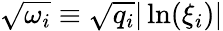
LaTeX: \sqrt{\omega_{i}}\equiv\sqrt{q_{i}}|\ln(\xi_{i})|